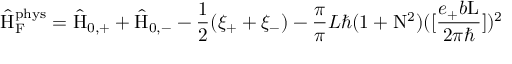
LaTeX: \hat { \mathrm { H } } _ { \mathrm { F } } ^ { \mathrm { p h y s } } = \hat { \mathrm { H } } _ { 0 , + } + \hat { \mathrm { H } } _ { 0 , - } - \frac { 1 } { 2 } ( \xi _ { + } + \xi _ { - } ) - \frac { \pi } { \pi } { L } { \hbar } ( 1 + \mathrm { N } ^ { 2 } ) ( [ \frac { e _ { + } b \mathrm { L } } { 2 { \pi } { \hbar } } ] ) ^ { 2 }